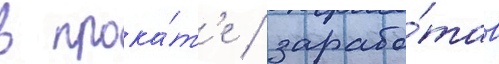
в прока́т'е / зарабо́тав